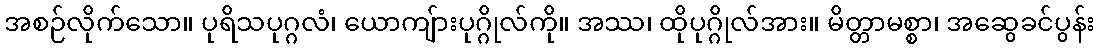
အစဉ်လိုက်သော။ ပုရိသပုဂ္ဂလံ၊ ယောကျ်ားပုဂ္ဂိုလ်ကို။ အဿ၊ ထိုပုဂ္ဂိုလ်အား။ မိတ္တာမစ္စာ၊ အဆွေခင်ပွန်း